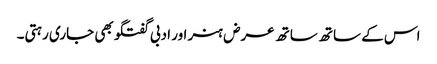
اس کے ساتھ ساتھ عرض ہنر اور ادبی گفتگو بھی جاری رہتی۔